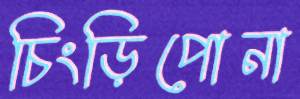
চিংড়িপোনা